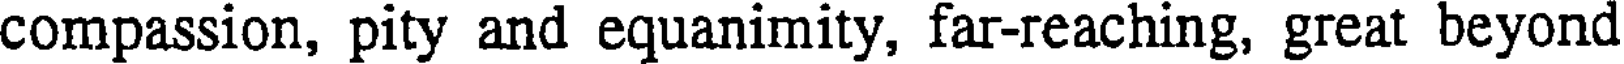
compassion, pity and equanimity, far-reaching, great beyond